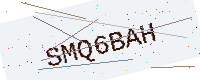
Text: SMQ6BAH